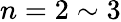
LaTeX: n=2\sim 3